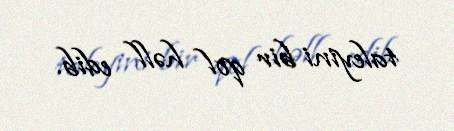
taleyini bir qol həll edib.